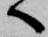
へ